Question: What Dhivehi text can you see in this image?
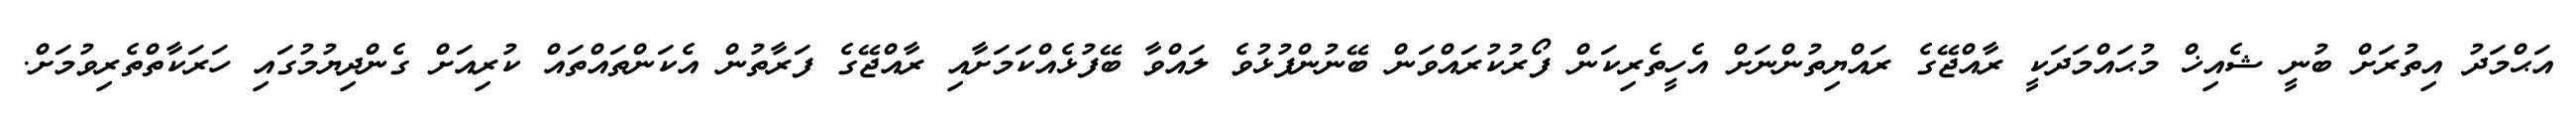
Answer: އަޙްމަދު އިތުރަށް ބުނީ ޝެއިޚް މުޙައްމަދަކީ ރާއްޖޭގެ ރައްޔިތުންނަށް އެހީތެރިކަން ފޯރުކުރައްވަން ބޭނުންފުޅުވެ ލައްވާ ބޭފުޅެއްކަމަށާއި ރާއްޖޭގެ ފަރާތުން އެކަންތައްތައް ކުރިއަށް ގެންދިޔުމުގައި ހަރަކާތްތެރިވުމަށް.